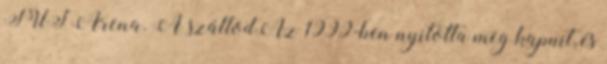
TUI Arena. A szállodAz 1999-ben nyitotta meg kapuit, és